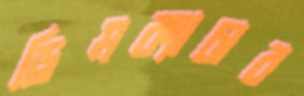
ড্রিমক্যাচার